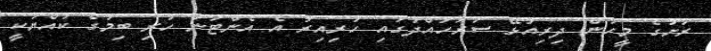
ރަށުގެ މީހުން ދިރިއުޅޭ ސަރަހައްދުގައި ހުރިއިރު އެ އެންޓަނާ ހުރި ބިމުގެ ކުއްޔަކީ